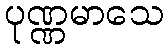
ပုဏ္ဏမာသေ